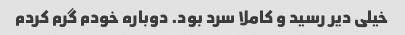
خیلی دیر رسید و کاملا سرد بود. دوباره خودم گرم کردم